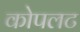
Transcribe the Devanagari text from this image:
कोपलट